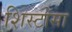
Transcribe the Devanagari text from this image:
शिस्टोसा